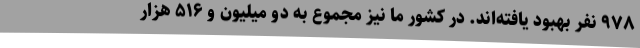
۹۷۸ نفر بهبود یافته‌اند. در کشور ما نیز مجموع به دو میلیون و ۵۱۶ هزار